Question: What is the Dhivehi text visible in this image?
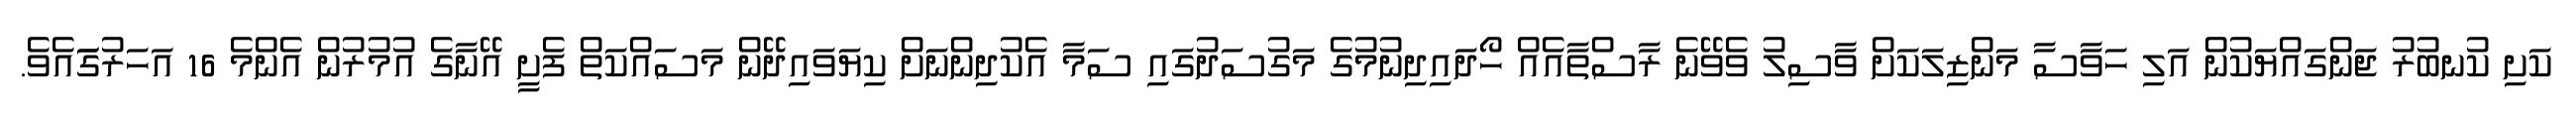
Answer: ކަށި ކުނބުރު ޖަންގައްޔަކުން އަލި ހަވާސާ މަންޒިލަކަށް ވާސިލު ވެވޭނެ ރާސްތާއެއް ހޯދައިދިނުމުގެ މަގުސަދުގައި ސަމާ އެކުދިންނަށް ކިޔަވައިދޭން މަސައްކަތް ފެށީ އޭނާގެ އުމުރުން އެންމެ 16 އަހަރުގަައެވެ.